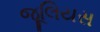
જૂલિયસ